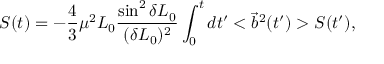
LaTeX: S ( t ) = - \frac 4 3 \mu ^ { 2 } L _ { 0 } \frac { \sin ^ { 2 } \delta L _ { 0 } } { ( \delta L _ { 0 } ) ^ { 2 } } \int _ { 0 } ^ { t } d t ^ { \prime } < \vec { b } ^ { 2 } ( t ^ { \prime } ) > S ( t ^ { \prime } ) ,